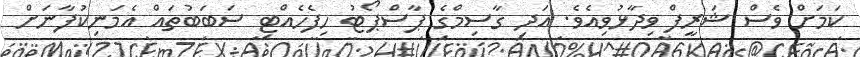
ކަމަށް ވެސް ޝަރީފް ވިދާޅުވިއެވެ. އަދި ގާސިމްގެ ޕާސްޕޯޓު ހިފެހެއްޓި ސަބަބުތައް އެމަނިކުފާނަށް